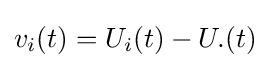
v_{i}(t)=U_{i}(t)-U.(t)